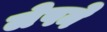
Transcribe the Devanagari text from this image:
लेपने